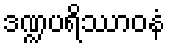
ဒဏ္ဍပရိဿာဝနံ